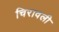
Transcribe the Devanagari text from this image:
चिरावली